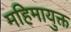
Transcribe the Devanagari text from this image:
महिमायुक्त